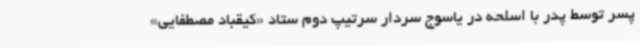
پسر توسط پدر با اسلحه در یاسوج سردار سرتیپ دوم ستاد «کیقباد مصطفایی»